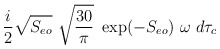
\begin{align*}{{i} \over {2}}\sqrt{S_{eo}} \ \sqrt{{{30} \over {\pi}}} \ \exp(-S_{eo}) \ \omega \ d\tau_{c} \end{align*}